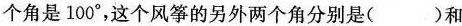
个角是100^{\circ}，这个风筝的另外两个角分别是( )和